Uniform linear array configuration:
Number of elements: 32
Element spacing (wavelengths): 0.75
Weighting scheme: cosine
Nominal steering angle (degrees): -30
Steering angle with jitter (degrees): -28.329
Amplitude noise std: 0.05
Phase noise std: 0.05

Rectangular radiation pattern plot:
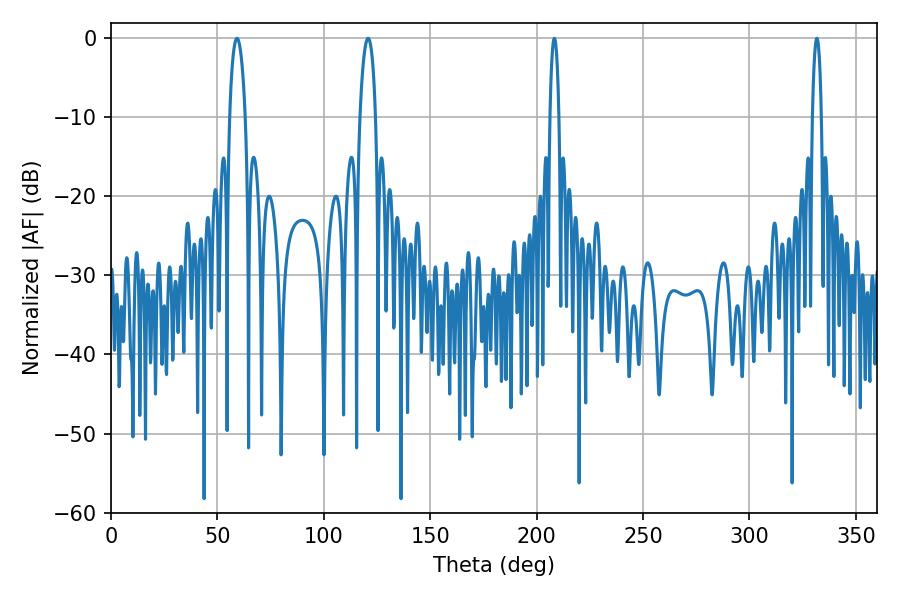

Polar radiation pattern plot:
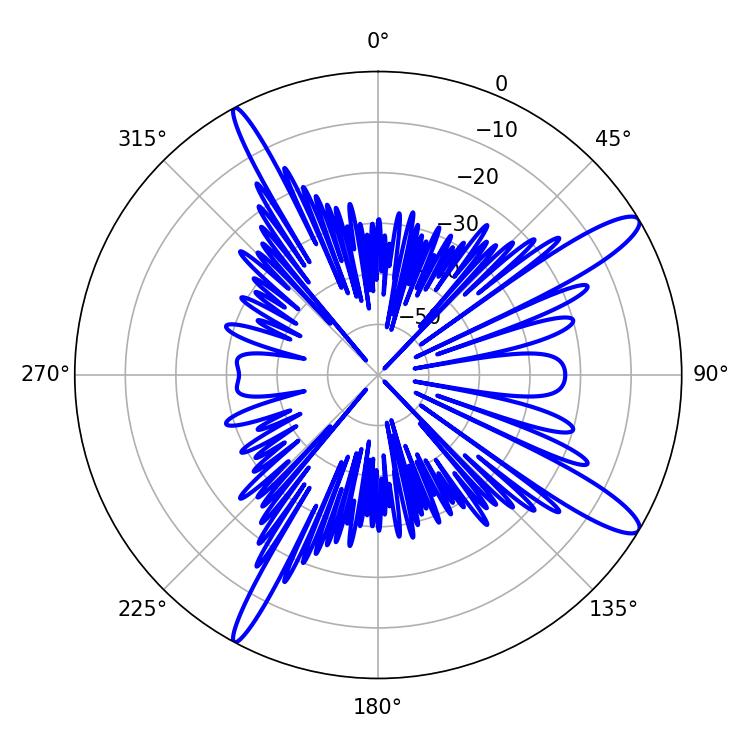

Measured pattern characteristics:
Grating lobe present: TRUE
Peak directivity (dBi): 13.207
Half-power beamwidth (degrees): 4.14
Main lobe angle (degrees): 59.22